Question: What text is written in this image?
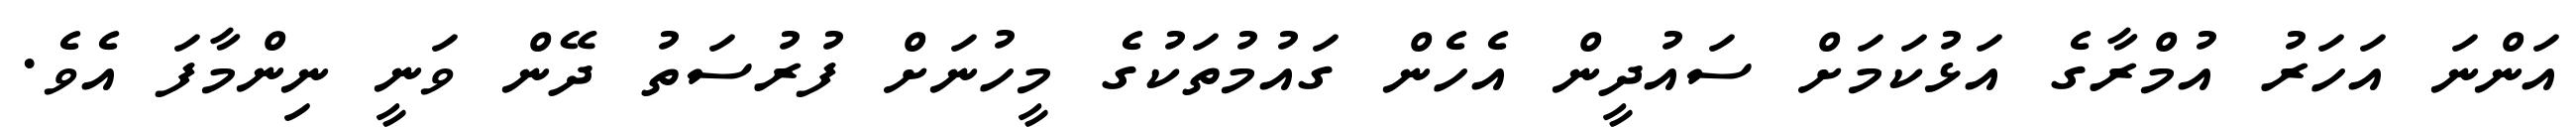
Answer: އަންނަ އަހަރު އުމްރާގެ އަޅުކަމަށް ސައުދީން އެހެން ގައުމުތަކުގެ މީހުނަށް ފުރުސަތު ދޭން ވަނީ ނިންމާފަ އެވެ.